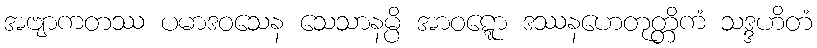
အဗျာကတဿ ပမာဒဝသေန သေသာနမ္ပိ အာဝဋ္ဋော ဒဿနဟေတုတ္တိကံ သဒ္ဒဟိတံ